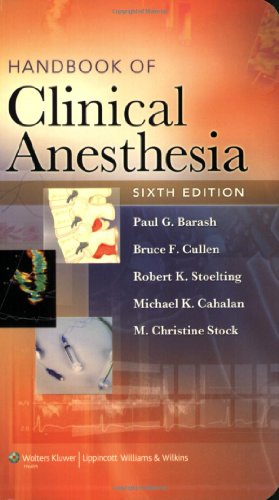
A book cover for Handbook of Clinical Anesthesia (Barash, Handbook of Clinical Anesthesia); Medical Books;